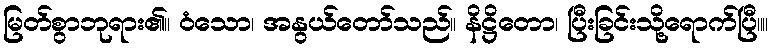
မြတ်စွာဘုရား၏။ ဝံသော၊ အနွယ်တော်သည်။ နိဋ္ဌိတော၊ ပြီးခြင်းသို့ရောက်ပြီ။။